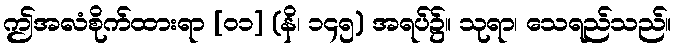
ဤအလံစိုက်ထားရာ [၀၁] (နိ၊ ၁၄၅) အရပ်၌။ သုရာ၊ သေရည်သည်။